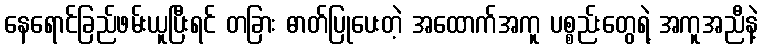
နေရောင်ခြည်ဖမ်းယူပြီးရင် တခြား ဓာတ်ပြုပေးတဲ့ အထောက်အကူ ပစ္စည်းတွေရဲ့ အကူအညီနဲ့